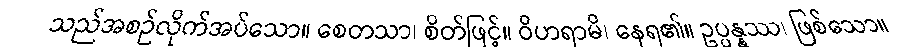
သည်အစဉ်လိုက်အပ်သော။ စေတသာ၊ စိတ်ဖြင့်။ ဝိဟရာမိ၊ နေရ၏။ ဥပ္ပန္နဿ၊ ဖြစ်သော။